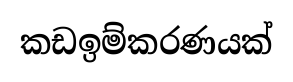
කඩඉම්කරණයක්